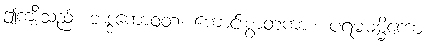
ဤကျီးသည်။ ဘဒ္ဒကောဝတ၊ ကောင်းစွာတကား။ ပရမဓမ္မိကော၊